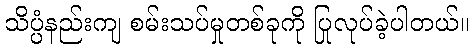
သိပ္ပံနည်းကျ စမ်းသပ်မှုတစ်ခုကို ပြုလုပ်ခဲ့ပါတယ်။